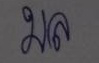
มล